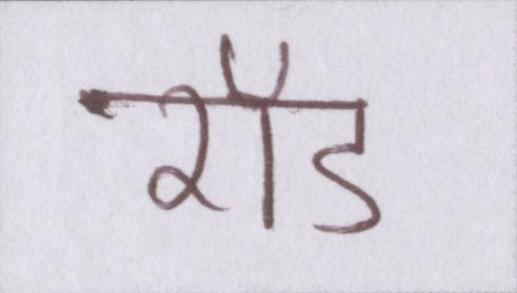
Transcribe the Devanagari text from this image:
रॉड